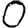
Digit: 0